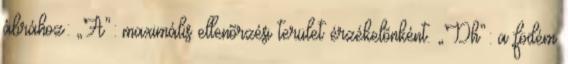
ábrához: „A”: maximális ellenõrzési terület érzékelõnként. „Dh”: a födém